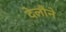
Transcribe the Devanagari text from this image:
देलौने